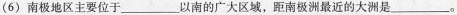
(6) 南极地区主要位于___以南的广大区域，距南极洲最近的大洲是___。